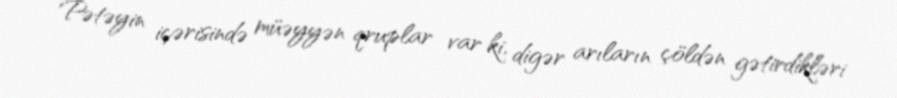
Pətəyin içərisində müəyyən qruplar var ki, digər arıların çöldən gətirdikləri